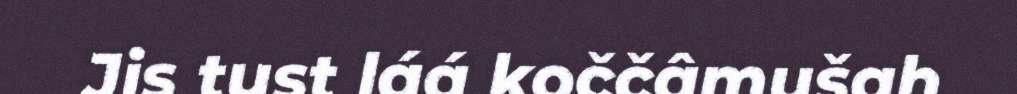
Jis tust láá koččâmušah